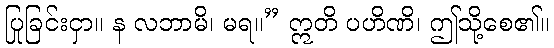
ပြုခြင်းငှာ။ န လဘာမိ၊ မရ။” ဣတိ ပဟိဏိ၊ ဤသို့စေ၏။